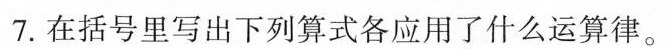
7.在括号里写出下列算式各应用了什么运算律。